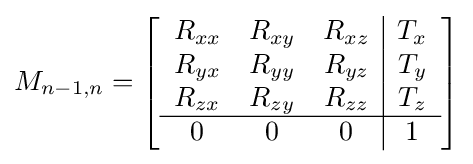
M_{n-1,n}=\left[{\begin{array}{ccc|c}R_{xx}&R_{xy}&R_{xz}&T_{x}\\R_{yx}&R_{yy}&R_{yz}&T_{y}\\R_{zx}&R_{zy}&R_{zz}&T_{z}\\\hline 0&0&0&1\end{array}}\right]